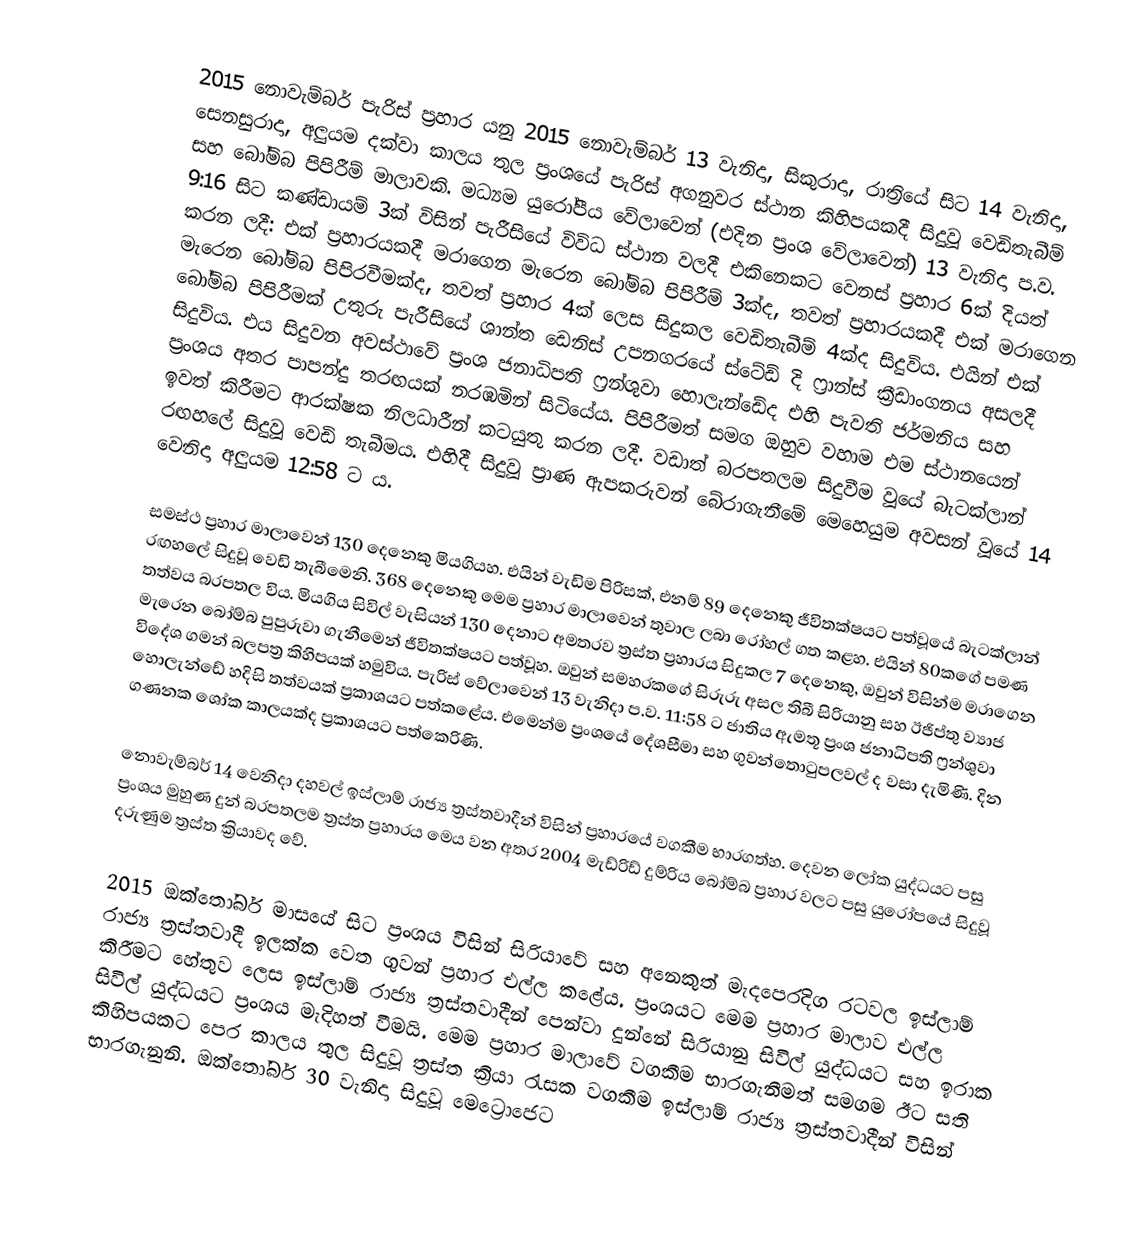
2015 නොවැම්බර් පැරිස් ප්‍රහාර යනු 2015 නොවැම්බර් 13 වැනිදා, සිකුරාදා, රාත්‍රියේ සිට 14 වැනිදා, සෙනසුරාදා, අලුයම දක්වා කාලය තුල ප්‍රංශයේ පැරිස් අගනුවර ස්ථාන කිහිපයකදී සිදුවූ වෙඩිතැබීම් සහ බෝම්බ පිපිරීම් මාලාවකි. මධ්‍යම යුරෝපීය වේලාවෙන් (එදින ප්‍රංශ වේලාවෙන්) 13 වැනිදා ප.ව. 9:16 සිට කණ්ඩායම් 3ක් විසින් පැරීසියේ විවිධ ස්ථාන වලදී එකිනෙකට වෙනස් ප්‍රහාර 6ක් දියත් කරන ලදී: එක් ප්‍රහාරයකදී මරාගෙන මැරෙන බෝම්බ පිපිරීම් 3ක්ද, තවත් ප්‍රහාරයකදී එක් මරාගෙන මැරෙන බෝම්බ පිපිරවීමක්ද, තවත් ප්‍රහාර 4ක් ලෙස සිදුකල වෙඩිතැබීම් 4ක්ද සිදුවිය. එයින් එක් බෝම්බ පිපිරීමක් උතුරු පැරීසියේ ශාන්ත ඩෙනිස් උපනගරයේ ස්ටේඩ් දි ෆ්‍රාන්ස් ක්‍රීඩාංගනය අසලදී සිදුවිය. එය සිදුවන අවස්ථාවේ ප්‍රංශ ජනාධිපති ෆ්‍රන්ශුවා හොලැන්ඩේද එහි පැවති ජර්මනිය සහ ප්‍රංශය අතර පාපන්දු තරඟයක් නරඹමින් සිටියේය. පිපිරීමත් සමග ඔහුව වහාම එම ස්ථානයෙන් ඉවත් කිරීමට ආරක්ෂක නිලධාරීන් කටයුතු කරන ලදී. වඩාත් බරපතලම සිදුවීම වූයේ බැටක්ලාන් රඟහලේ සිදුවූ වෙඩි තැබීමය. එහිදී සිදුවූ ප්‍රාණ ඇපකරුවන් බේරාගැනීමේ මෙහෙයුම අවසන් වූයේ 14 වෙනිදා අලුයම 12:58 ට ය.

සමස්ථ ප්‍රහාර මාලාවෙන් 130 දෙනෙකු මියගියහ. එයින් වැඩිම පිරිසක්, එනම් 89 දෙනෙකු ජීවිතක්ෂයට පත්වූයේ බැටක්ලාන් රඟහලේ සිදුවූ වෙඩි තැබීමෙනි. 368 දෙනෙකු මෙම ප්‍රහාර මාලාවෙන් තුවාල ලබා රෝහල් ගත කළහ. එයින් 80කගේ පමණ තත්වය බරපතල විය. මියගිය සිවිල් වැසියන් 130 දෙනාට අමතරව ත්‍රස්ත ප්‍රහාරය සිදුකල 7 දෙනෙකු, ඔවුන් විසින්ම මරාගෙන මැරෙන බෝම්බ පුපුරුවා ගැනීමෙන් ජීවිතක්ෂයට පත්වූහ. ඔවුන් සමහරකගේ සිරුරු අසල තිබී සිරියානු සහ ඊජිප්තු ව්‍යාජ විදේශ ගමන් බලපත්‍ර කිහිපයක් හමුවිය. පැරිස් වේලාවෙන් 13 වැනිදා ප.ව. 11:58 ට ජාතිය ඇමතූ ප්‍රංශ ජනාධිපති ෆ්‍රන්ශුවා හොලැන්ඩේ හදිසි තත්වයක් ප්‍රකාශයට පත්කළේය. එමෙන්ම ප්‍රංශයේ දේශසීමා සහ ගුවන්තොටුපලවල් ද වසා දැමිණි. දින ගණනක ශෝක කාලයක්ද ප්‍රකාශයට පත්කෙරිණි.

නොවැම්බර් 14 වෙනිදා දහවල් ඉස්ලාම් රාජ්‍ය ත්‍රස්තවාදීන් විසින් ප්‍රහාරයේ වගකීම භාරගත්හ. දෙවන ලෝක යුද්ධයට පසු ප්‍රංශය මුහුණ දුන් බරපතලම ත්‍රස්ත ප්‍රහාරය මෙය වන අතර 2004 මැඩ්රිඩ් දුම්රිය බෝම්බ ප්‍රහාර වලට පසු යුරෝපයේ සිදුවූ දරුණුම ත්‍රස්ත ක්‍රියාවද වේ.

2015 ඔක්තෝබර් මාසයේ සිට ප්‍රංශය විසින් සිරියාවේ සහ අනෙකුත් මැදපෙරදිග රටවල ඉස්ලාම් රාජ්‍ය ත්‍රස්තවාදී ඉලක්ක වෙත ගුවන් ප්‍රහාර එල්ල කළේය. ප්‍රංශයට මෙම ප්‍රහාර මාලාව එල්ල කිරීමට හේතුව ලෙස ඉස්ලාම් රාජ්‍ය ත්‍රස්තවාදීන් පෙන්වා දුන්නේ සිරියානු සිවිල් යුද්ධයට සහ ඉරාක සිවිල් යුද්ධයට ප්‍රංශය මැදිහත් වීමයි. මෙම ප්‍රහාර මාලාවේ වගකීම භාරගැනීමත් සමගම ඊට සති කිහිපයකට පෙර කාලය තුල සිදුවූ ත්‍රස්ත ක්‍රියා රැසක වගකීම ඉස්ලාම් රාජ්‍ය ත්‍රස්තවාදීන් විසින් භාරගැනුනි. ඔක්තෝබර් 30 වැනිදා සිදුවූ මෙට්‍රොජෙට